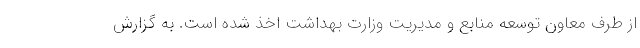
از طرف معاون توسعه منابع و مدیریت وزارت بهداشت اخذ شده است. به گزارش